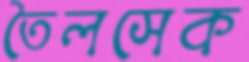
তৈলসেক